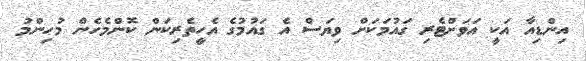
އިންޑިއާ އަކީ އަވަށްޓެރި ގައުމަކަށް ވިޔަސް އެ ގައުމުގެ އެހީތެރިކަން ކޮންމެހެން މުހިންމު